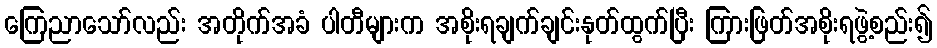
ကြေညာသော်လည်း အတိုက်အခံ ပါတီများက အစိုးရချက်ချင်းနုတ်ထွက်ပြီး ကြားဖြတ်အစိုးရဖွဲ့စည်း၍